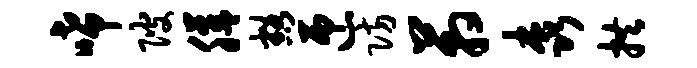
唏陂膳豁匝防箱森拱